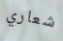
شعاري